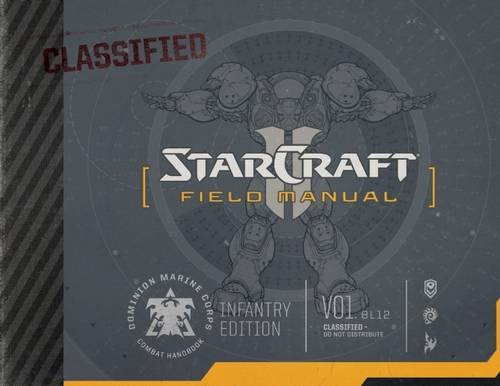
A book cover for StarCraft Field Manual; Rick Barba; Science Fiction & Fantasy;